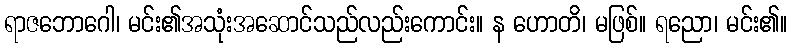
ရာဇဘောဂေါ၊ မင်း၏အသုံးအဆောင်သည်လည်းကောင်း။ န ဟောတိ၊ မဖြစ်။ ရညော၊ မင်း၏။